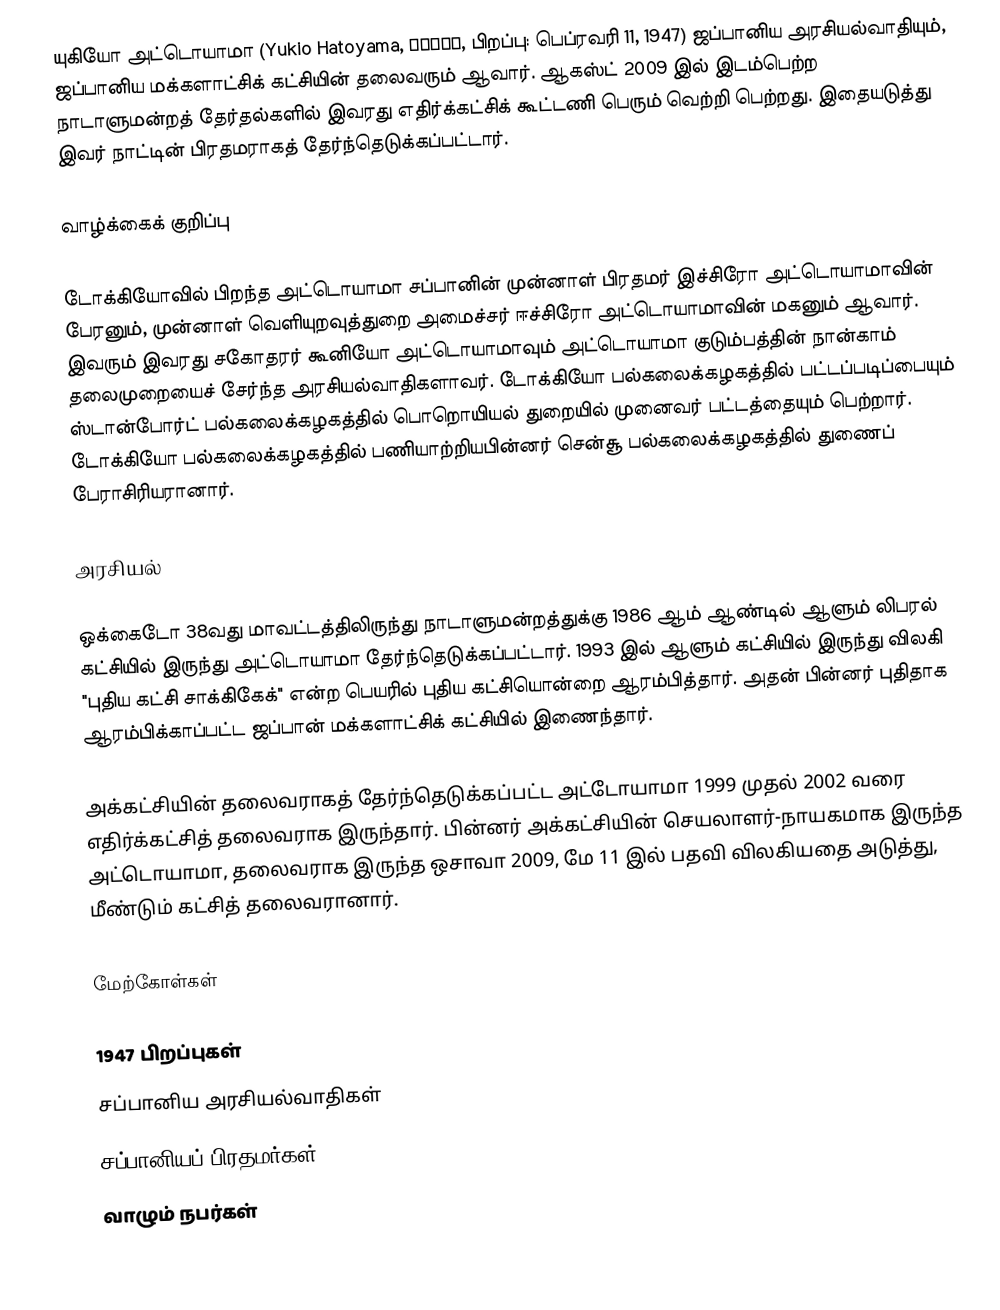
யுகியோ அட்டொயாமா (Yukio Hatoyama, 鳩山由紀夫, பிறப்பு: பெப்ரவரி 11, 1947) ஜப்பானிய அரசியல்வாதியும், ஜப்பானிய மக்களாட்சிக் கட்சியின் தலைவரும் ஆவார். ஆகஸ்ட் 2009 இல் இடம்பெற்ற நாடாளுமன்றத் தேர்தல்களில் இவரது எதிர்க்கட்சிக் கூட்டணி பெரும் வெற்றி பெற்றது. இதையடுத்து இவர் நாட்டின் பிரதமராகத் தேர்ந்தெடுக்கப்பட்டார்.

வாழ்க்கைக் குறிப்பு

டோக்கியோவில் பிறந்த அட்டொயாமா சப்பானின் முன்னாள் பிரதமர் இச்சிரோ அட்டொயாமாவின் பேரனும், முன்னாள் வெளியுறவுத்துறை அமைச்சர் ஈச்சிரோ அட்டொயாமாவின் மகனும் ஆவார். இவரும் இவரது சகோதரர் கூனியோ அட்டொயாமாவும் அட்டொயாமா குடும்பத்தின் நான்காம் தலைமுறையைச் சேர்ந்த அரசியல்வாதிகளாவர். டோக்கியோ பல்கலைக்கழகத்தில் பட்டப்படிப்பையும் ஸ்டான்போர்ட் பல்கலைக்கழகத்தில் பொறொயியல் துறையில் முனைவர் பட்டத்தையும் பெற்றார். டோக்கியோ பல்கலைக்கழகத்தில் பணியாற்றியபின்னர் சென்சூ பல்கலைக்கழகத்தில் துணைப் பேராசிரியரானார்.

அரசியல்

ஒக்கைடோ 38வது மாவட்டத்திலிருந்து நாடாளுமன்றத்துக்கு 1986 ஆம் ஆண்டில் ஆளும் லிபரல் கட்சியில் இருந்து அட்டொயாமா தேர்ந்தெடுக்கப்பட்டார். 1993 இல் ஆளும் கட்சியில் இருந்து விலகி "புதிய கட்சி சாக்கிகேக்" என்ற பெயரில் புதிய கட்சியொன்றை ஆரம்பித்தார். அதன் பின்னர் புதிதாக ஆரம்பிக்காப்பட்ட ஜப்பான் மக்களாட்சிக் கட்சியில் இணைந்தார்.

அக்கட்சியின் தலைவராகத் தேர்ந்தெடுக்கப்பட்ட அட்டோயாமா 1999 முதல் 2002 வரை எதிர்க்கட்சித் தலைவராக இருந்தார். பின்னர் அக்கட்சியின் செயலாளர்-நாயகமாக இருந்த அட்டொயாமா, தலைவராக இருந்த ஒசாவா 2009, மே 11 இல் பதவி விலகியதை அடுத்து, மீண்டும் கட்சித் தலைவரானார்.

மேற்கோள்கள்

1947 பிறப்புகள்
சப்பானிய அரசியல்வாதிகள்
சப்பானியப் பிரதமர்கள்
வாழும் நபர்கள்